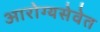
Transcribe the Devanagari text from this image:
आरोग्यसेवेत